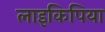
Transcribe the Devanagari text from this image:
लाइकिपिया